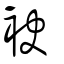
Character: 袂